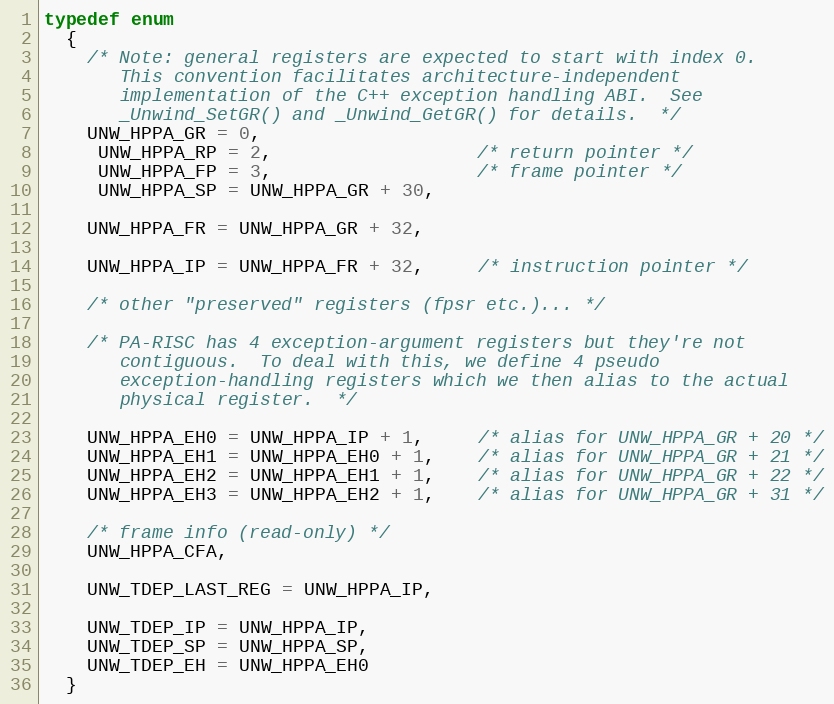
Language: C
typedef enum
  {
    /* Note: general registers are expected to start with index 0.
       This convention facilitates architecture-independent
       implementation of the C++ exception handling ABI.  See
       _Unwind_SetGR() and _Unwind_GetGR() for details.  */
    UNW_HPPA_GR = 0,
     UNW_HPPA_RP = 2,                   /* return pointer */
     UNW_HPPA_FP = 3,                   /* frame pointer */
     UNW_HPPA_SP = UNW_HPPA_GR + 30,

    UNW_HPPA_FR = UNW_HPPA_GR + 32,

    UNW_HPPA_IP = UNW_HPPA_FR + 32,     /* instruction pointer */

    /* other "preserved" registers (fpsr etc.)... */

    /* PA-RISC has 4 exception-argument registers but they're not
       contiguous.  To deal with this, we define 4 pseudo
       exception-handling registers which we then alias to the actual
       physical register.  */

    UNW_HPPA_EH0 = UNW_HPPA_IP + 1,     /* alias for UNW_HPPA_GR + 20 */
    UNW_HPPA_EH1 = UNW_HPPA_EH0 + 1,    /* alias for UNW_HPPA_GR + 21 */
    UNW_HPPA_EH2 = UNW_HPPA_EH1 + 1,    /* alias for UNW_HPPA_GR + 22 */
    UNW_HPPA_EH3 = UNW_HPPA_EH2 + 1,    /* alias for UNW_HPPA_GR + 31 */

    /* frame info (read-only) */
    UNW_HPPA_CFA,

    UNW_TDEP_LAST_REG = UNW_HPPA_IP,

    UNW_TDEP_IP = UNW_HPPA_IP,
    UNW_TDEP_SP = UNW_HPPA_SP,
    UNW_TDEP_EH = UNW_HPPA_EH0
  }